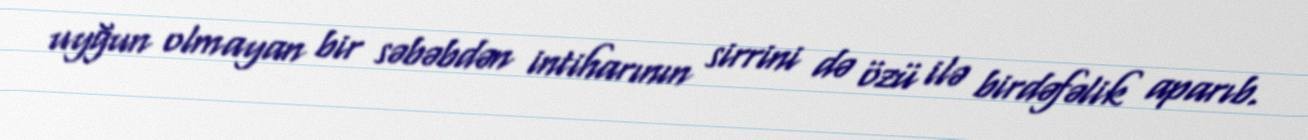
uyğun olmayan bir səbəbdən intiharının sirrini də özü ilə birdəfəlik aparıb.